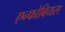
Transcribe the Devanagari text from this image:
एन्फोबियस